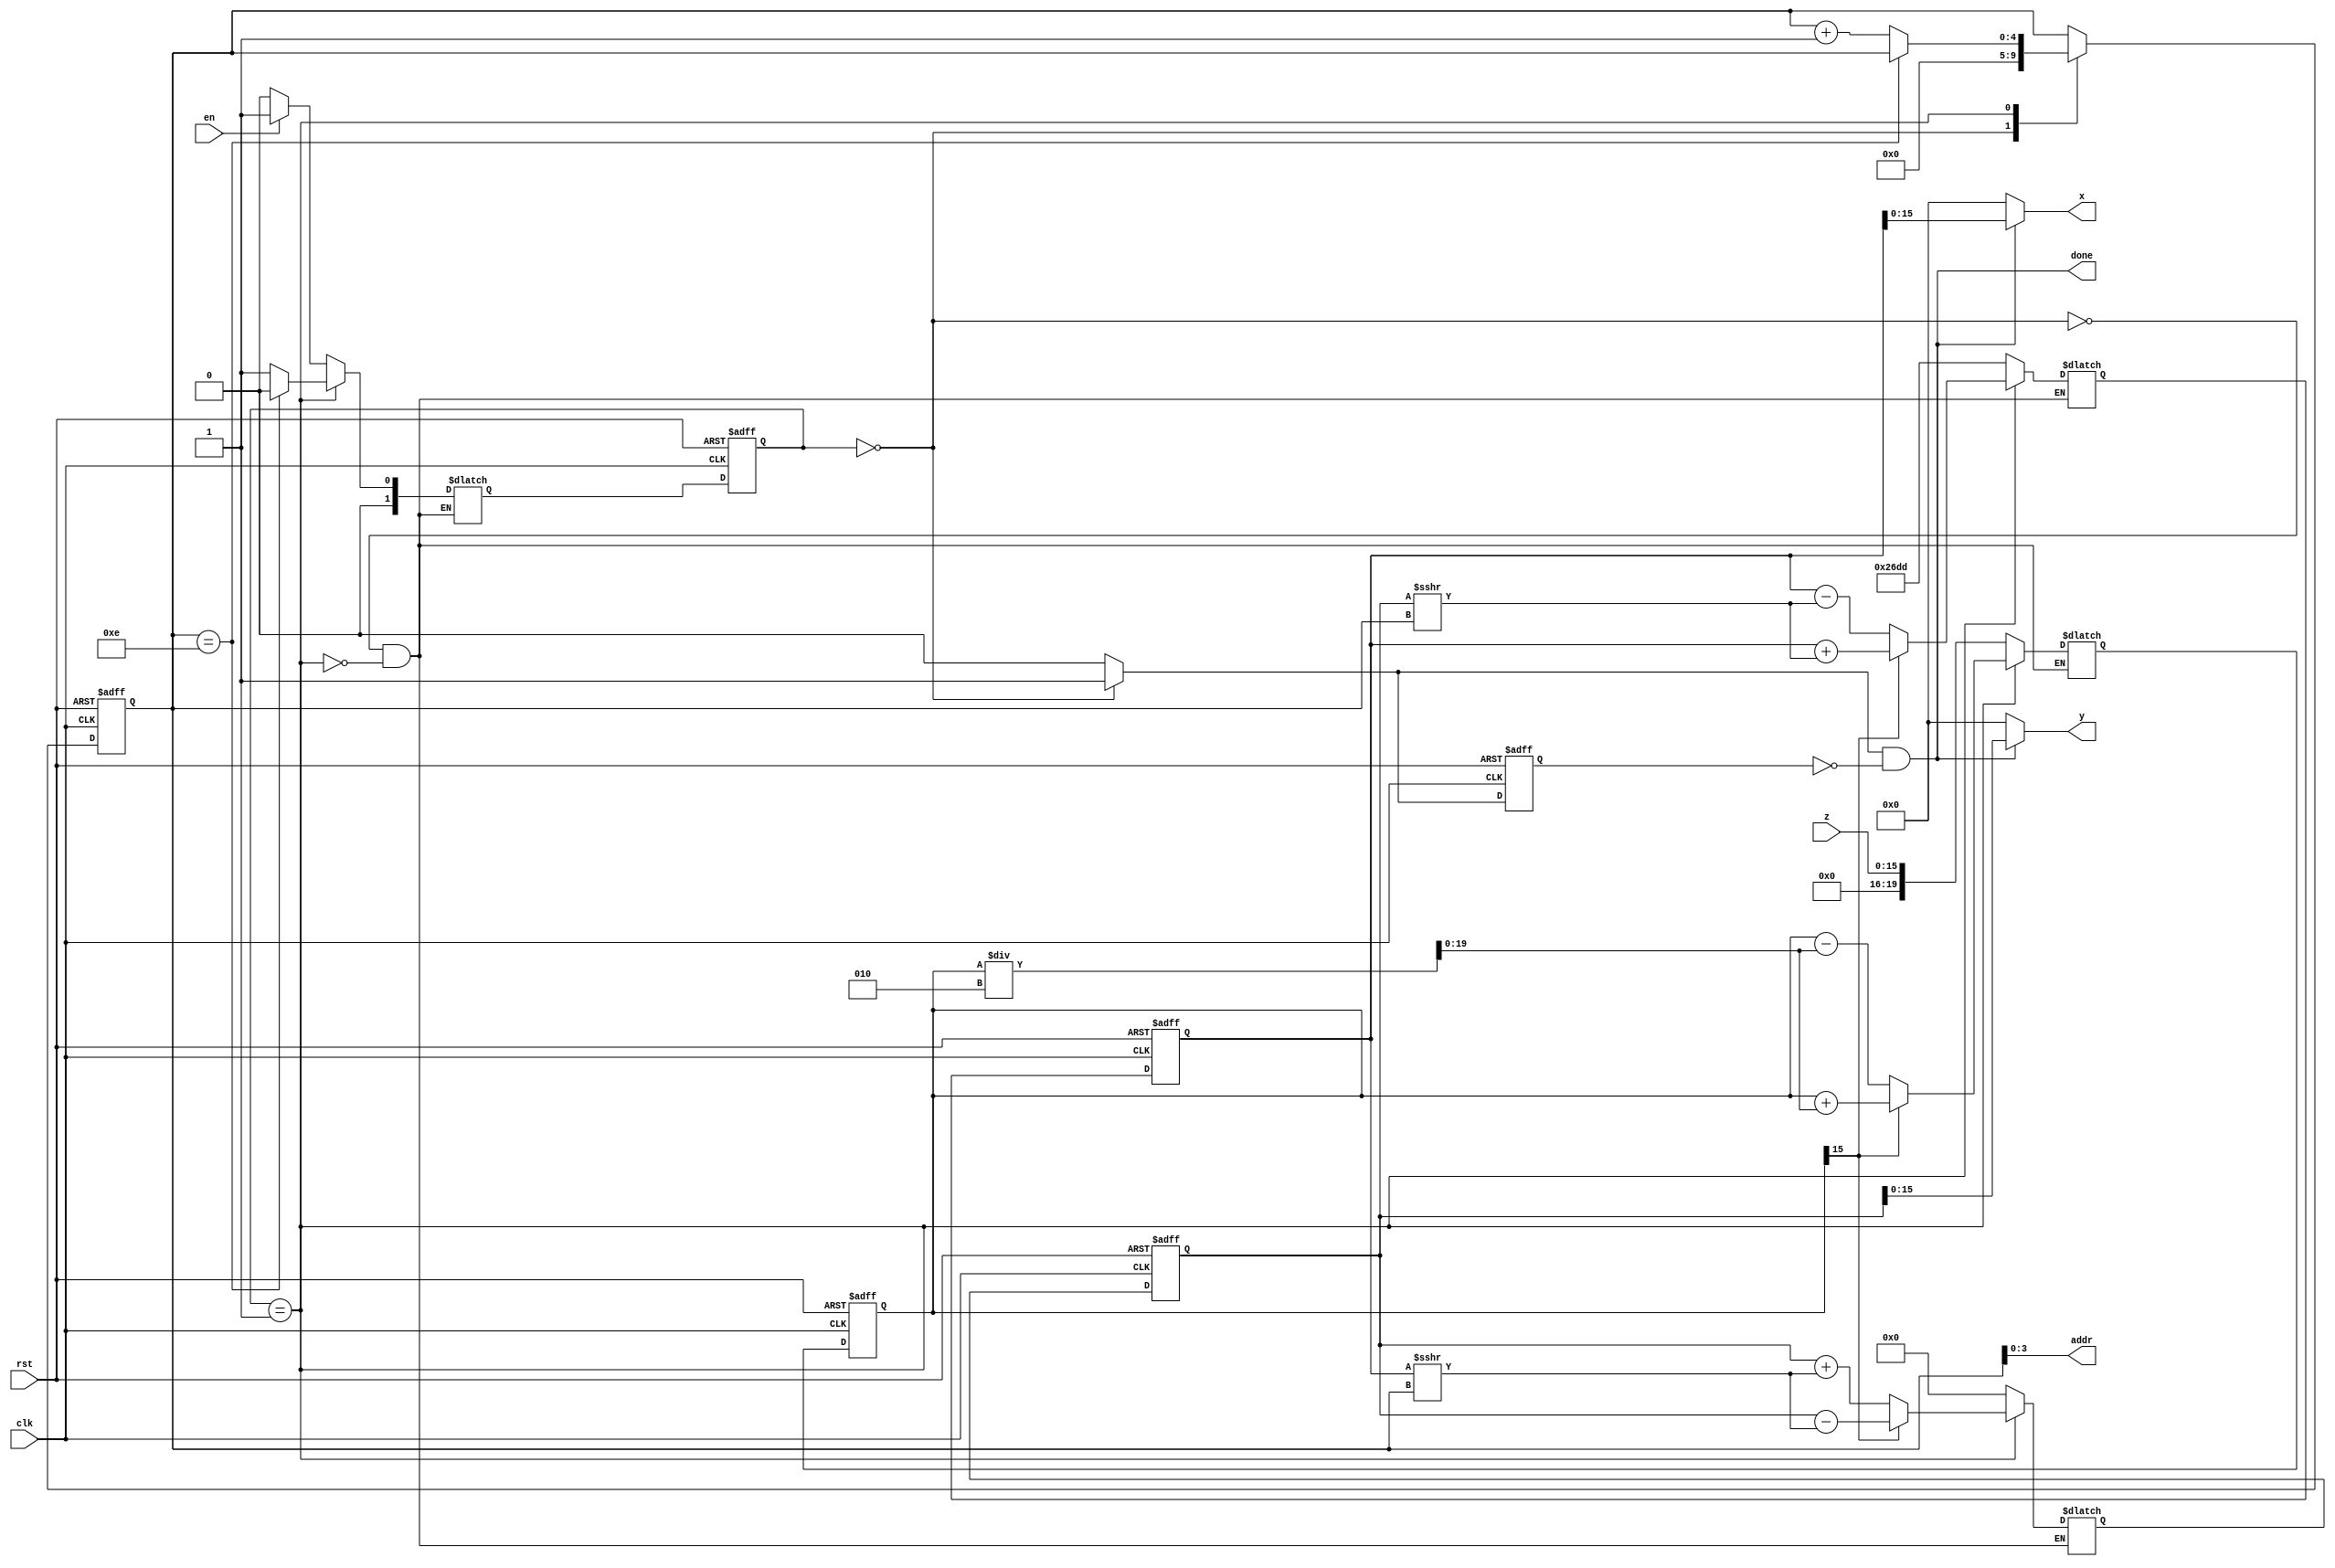
module cordic_core 
(
	input	clk, rst, en,
	input [15:0] z,
	output [3:0] addr,
	output done,
	output [15:0] x,y
);
	reg [4:0] n,n_next;
	reg done_int, done_dly;
	
	reg signed [19:0]x_reg,y_reg,x_next,y_next,z_reg,z_next;
	
	
	reg [1:0] state,state_next; 
	
	parameter idle = 1'b0, iteration = 1'b1;
 
	 
	always @ (posedge clk, posedge rst) 
	begin
		if (rst)
		begin
			state <= idle;
			n 	  <= 0;
			x_reg <= 0;
			y_reg <= 0;
			z_reg <= 0;
			done_dly <=1;
		end
		else
		begin
			state <= state_next;
			n 	  <= n_next;
			x_reg <= x_next;
			y_reg <= y_next;
			z_reg <= z_next;
			done_dly <= done_int;
		end	
	end
 
	 
	always @ (*)
	begin
		n_next = n;
		done_int = 1'b0;
		case (state)
			idle:
			begin
				if (en)
				begin
					state_next = iteration;
				end
				else
				begin
					state_next = idle;
				end
				n_next = 0;
				done_int = 1'b1;
			end
			iteration:
			begin
				if (n == (16-2))
				begin
					state_next = idle;
				end
				else
				begin
					n_next = n + 1'b1;
					state_next = iteration;
				end
			end
		endcase
	end
 
	
	always @ (*)
	begin
		case (state)
			idle:
			begin
				x_next = 16'h26dd;
				y_next = 0;
				z_next = z;
			end
			iteration:
			begin
				if (z_reg[16-1]==1'b0)//check polarity
				begin
					x_next = x_reg - (y_reg >>> n);
					y_next = y_reg + (x_reg >>> n);
					z_next = z_reg - (z_reg/2);
				end
				else
				begin
					x_next = x_reg + (y_reg >>> n);
					y_next = y_reg - (x_reg >>> n);
					z_next = z_reg + (z_reg/2) ;
				end
			end
		endcase
	end
 
	 
	assign addr = n;
	assign done =done_int & (~done_dly);

	assign x = done? x_reg: 0;
	assign y = done? y_reg: 0;
	
endmodule